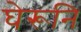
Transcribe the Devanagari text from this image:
घेरूनि